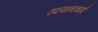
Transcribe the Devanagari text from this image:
उदयानाचार्य